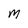
Character: M